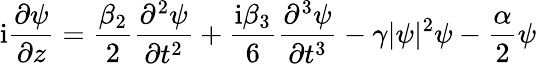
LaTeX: \mathrm{i}\frac{\partial\psi}{\partial z}=\frac{\beta_{2}}{2}\frac{\partial^{2}\psi}{\partial t^{2}}+\frac{\mathrm{i}\beta_{3}}{6}\frac{\partial^{3}\psi}{\partial t^{3}}-\gamma|\psi|^{2}\psi-\frac{\alpha}{2}\psi